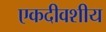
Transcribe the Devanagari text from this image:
एकदीवशीय